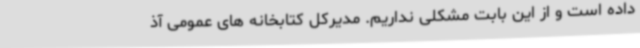
داده است و از این بابت مشکلی نداریم. مدیرکل کتابخانه های عمومی آذ